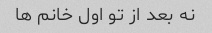
نه بعد از تو اول خانم ها